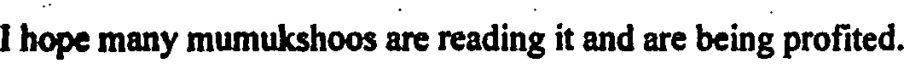
I hope many mumukshoos are reading it and are being profited.